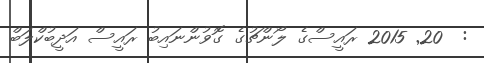
:  20